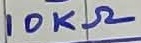
Text: 10KΩ